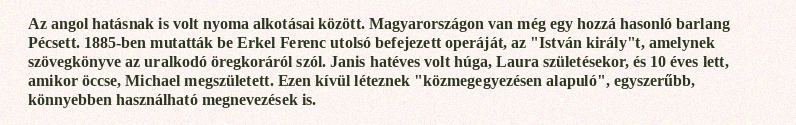
Az angol hatásnak is volt nyoma alkotásai között. Magyarországon van még egy hozzá hasonló barlang Pécsett. 1885-ben mutatták be Erkel Ferenc utolsó befejezett operáját, az "István király"t, amelynek szövegkönyve az uralkodó öregkoráról szól. Janis hatéves volt húga, Laura születésekor, és 10 éves lett, amikor öccse, Michael megszületett. Ezen kívül léteznek "közmegegyezésen alapuló", egyszerűbb, könnyebben használható megnevezések is.